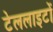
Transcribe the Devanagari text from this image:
टेललाइटों